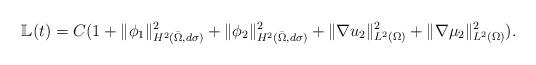
LaTeX: \begin{align*}\mathbb{L}(t)=C(1+\|\phi_1\|_{H^2(\bar{\Omega},d\sigma)}^2+\|\phi_2\|_{H^2(\bar{\Omega},d\sigma)}^2+\|\nabla u_2\|_{L^2(\Omega)}^2+\|\nabla\mu_2\|_{L^2(\Omega)}^2).\end{align*}